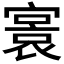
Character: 𡪭